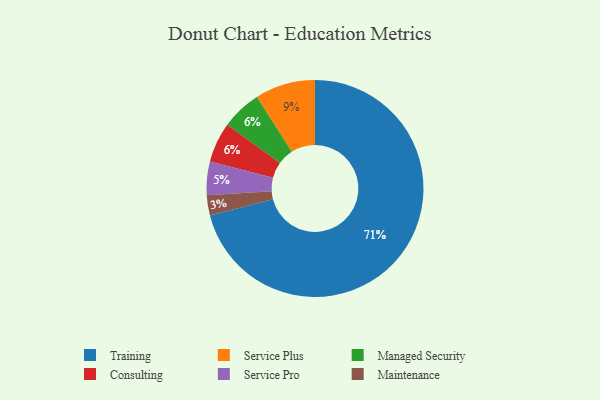
{"axis": {"x": "Category", "y": "Percentage"}, "legend": ["Consulting", "Maintenance", "Managed Security", "Service Plus", "Service Pro", "Training"], "data": [{"x": "Maintenance", "y": 3, "type": "Maintenance"}, {"x": "Managed Security", "y": 6, "type": "Managed Security"}, {"x": "Service Plus", "y": 9, "type": "Service Plus"}, {"x": "Training", "y": 71, "type": "Training"}, {"x": "Service Pro", "y": 5, "type": "Service Pro"}, {"x": "Consulting", "y": 6, "type": "Consulting"}]}